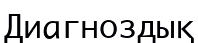
Диагноздық